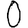
Digit: 0